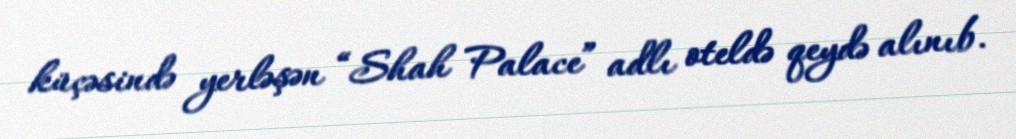
küçəsində yerləşən “Shah Palace” adlı oteldə qeydə alınıb.